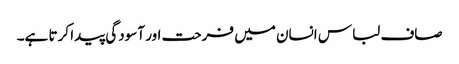
صاف لباس انسان میں فرحت اور آسودگی پیدا کرتا ہے۔